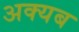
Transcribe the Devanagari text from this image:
अक्यब